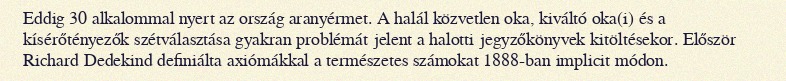
Eddig 30 alkalommal nyert az ország aranyérmet. A halál közvetlen oka, kiváltó oka(i) és a kísérőtényezők szétválasztása gyakran problémát jelent a halotti jegyzőkönyvek kitöltésekor. Először Richard Dedekind definiálta axiómákkal a természetes számokat 1888-ban implicit módon.